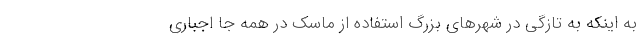
به اینکه به تازگی در شهرهای بزرگ استفاده از ماسک در همه جا اجباری